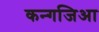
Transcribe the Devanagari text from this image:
कन्गजिआ